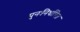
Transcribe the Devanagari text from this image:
पुनःनिर्धारित